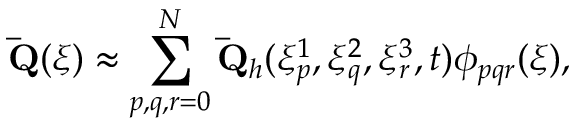
\mathbf { \bar { Q } } ( \xi ) \approx \sum _ { p , q , r = 0 } ^ { N } \mathbf { \bar { Q } } _ { h } ( \xi _ { p } ^ { 1 } , \xi _ { q } ^ { 2 } , \xi _ { r } ^ { 3 } , t ) \phi _ { p q r } ( \xi ) ,